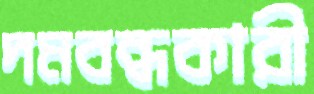
দমবন্ধকারী